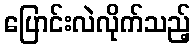
ပြောင်းလဲလိုက်သည့်